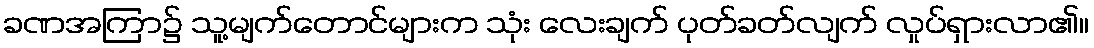
ခဏအကြာ၌ သူ့မျက်တောင်များက သုံး လေးချက် ပုတ်ခတ်လျက် လှုပ်ရှားလာ၏။